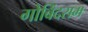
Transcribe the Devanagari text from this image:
गोबिंदराम